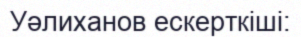
Уәлиханов ескерткіші: